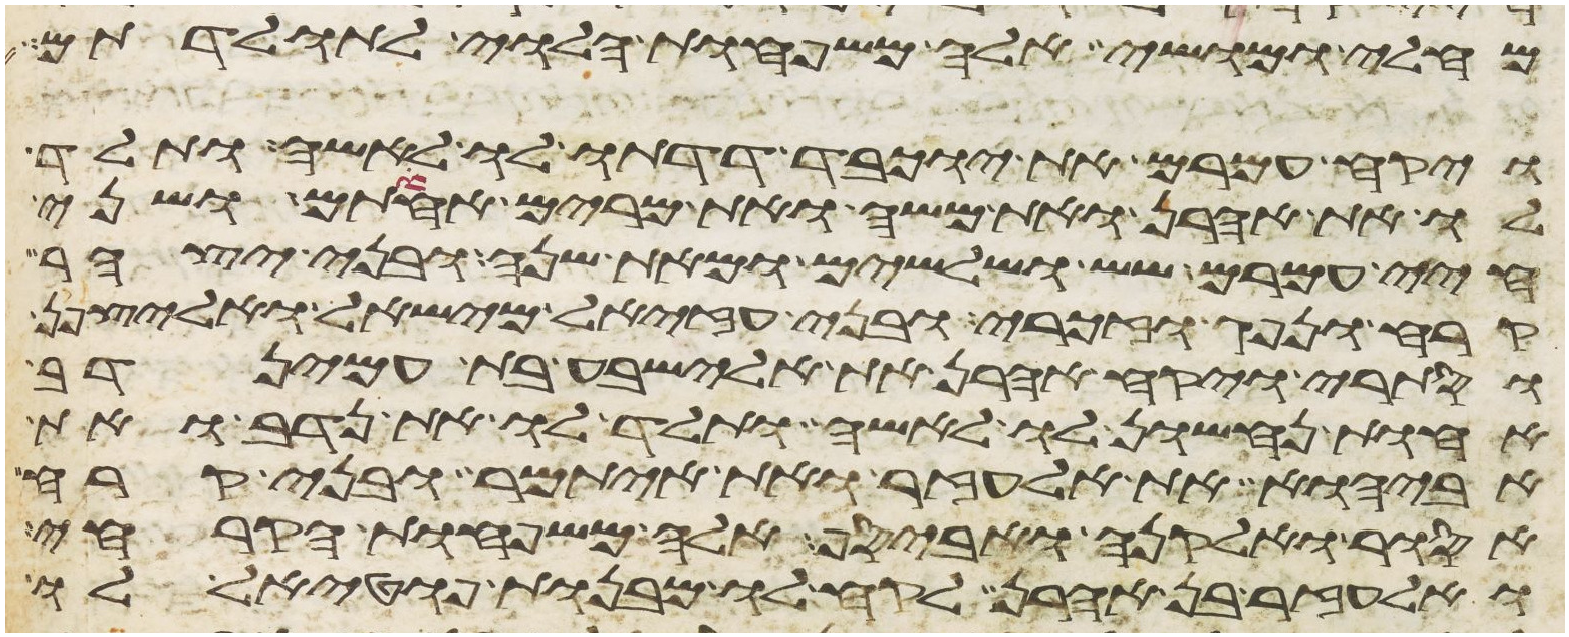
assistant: מחלי ומושי אלה משפחות הלוי לתולדתם
ויקח עמרם את יוכבד דדתו לו לאשה ותלד
לו את אהרן ואת משה ואת מרים אחותם ושני
חיי עמרם שש ושלשים ומאת שנה ובני יצהר
קרח ונפג וזכרי ובני עזיאל מישאל ואליצפן
וסתרי ויקח אהרן את אלישבע בת עמינדב
אחות נחשון לו לאשה ותלד לו את נדב ואת
אביהוא את אלעזר ואת איתמר ובני קרח
אסור ואלקנה ואביסף אלה משפחות הקרחי
ואלעזר בן אהרן לקח לו מבנות פוטאל לו